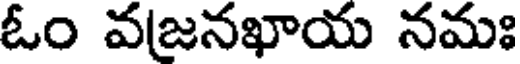
ఓం వజనఖాయ నమః